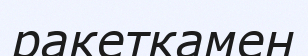
ракеткамен